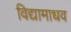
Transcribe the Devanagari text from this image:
विद्यामाधव